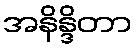
အနိန္ဒိတာ